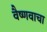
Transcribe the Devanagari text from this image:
वैष्णवाचा